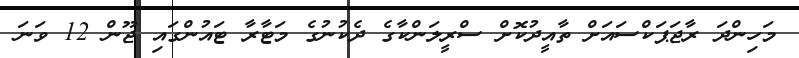
މަހިންދަ ރާޖަޕަކްސައަށް ތާއީދުކޮށް ސްރީލަންކާގެ ދެކުނުގެ މަޓާރާ ޓައުންގައި ޖޫން 12 ވަނަ